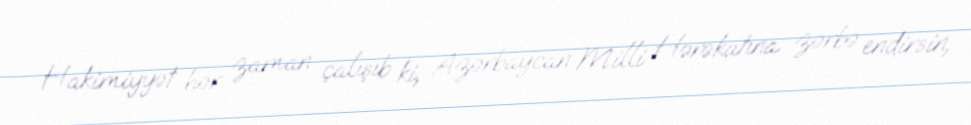
Hakimiyyət hər zaman çalışıb ki, Azərbaycan Milli Hərəkatına zərbə endirsin,